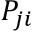
P _ { j i }